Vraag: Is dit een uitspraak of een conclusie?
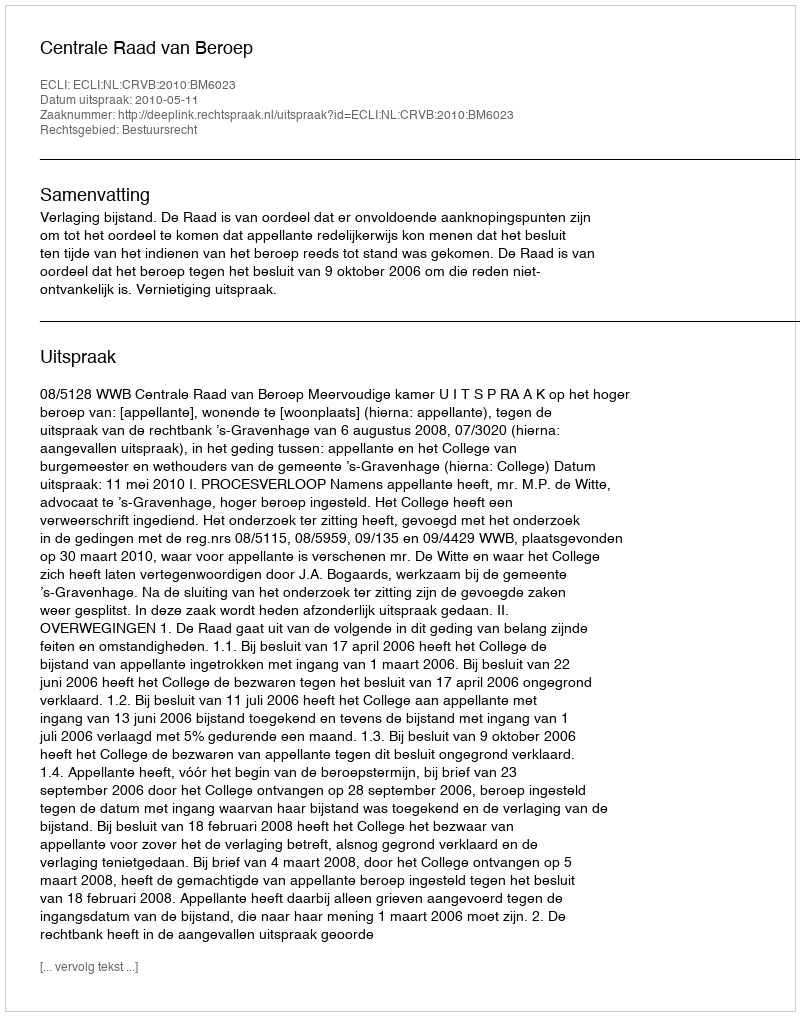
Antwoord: Uitspraak